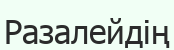
Разалейдің